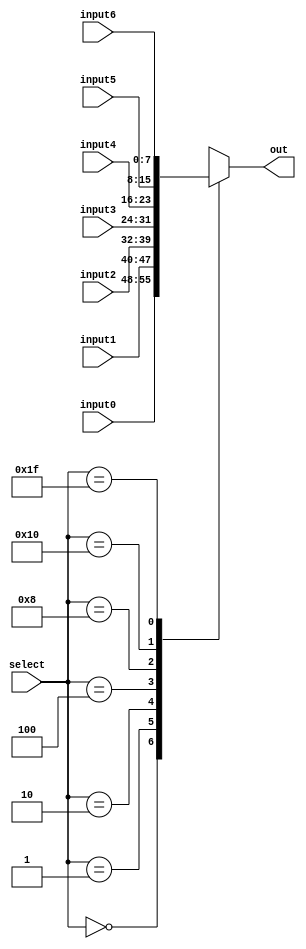
module mux(out, select, input0, input1, input2, input3, input4, input5, input6);
  input[7:0] input0, input1, input2, input3, input4, input5, input6;
  input [4:0] select;
  output [7:0] out;

  reg [7:0] out;

  always @ (input0 or input1 or input2 or input3 or input4 or input5 or input6 or select) 

  begin
    case(select)
      5'b00000 : out = input0; 

      5'b00001 : out = input1; 

      5'b00010 : out = input2; 

      5'b00100 : out = input3; 

      5'b01000 : out = input4; 

      5'b10000 : out = input5; 

      5'b11111 : out = input6; //this is error mode

      default : out = 8'bx;

    endcase
  end
endmodule



module dec_4x16 (d_out, d_in);

   output [15:0] d_out;
   input [3:0]   d_in;
   parameter tmp = 16'b0000_0000_0000_0001;

assign d_out = (d_in == 4'b0000) ? tmp   :
               (d_in == 4'b0001) ? tmp<<1:
               (d_in == 4'b0010) ? tmp<<2:
               (d_in == 4'b0011) ? tmp<<3:
               (d_in == 4'b0100) ? tmp<<4:
               (d_in == 4'b0101) ? tmp<<5:
               (d_in == 4'b0110) ? tmp<<6:
               (d_in == 4'b0111) ? tmp<<7:
               (d_in == 4'b1000) ? tmp<<8:
               (d_in == 4'b1001) ? tmp<<9:
               (d_in == 4'b1010) ? tmp<<10:
               (d_in == 4'b1011) ? tmp<<11:
               (d_in == 4'b1100) ? tmp<<12:
               (d_in == 4'b1101) ? tmp<<13:
               (d_in == 4'b1110) ? tmp<<14:
               (d_in == 4'b1111) ? tmp<<15: 
               16'bxxxx_xxxx_xxxx_xxxx;

endmodule


module test_bench;

    // Decoder 4x16 variables and test function-------------------
    wire [15:0] d_out;
    reg [3:0] d_in;
    reg [4:0] mux_input_0;
    reg [4:0] mux_input_1;
    reg [4:0] mux_input_2;
    reg [4:0] mux_input_3;
    reg [4:0] mux_input_4;
    reg [4:0] mux_input_5;

   dec_4x16 test1 (.d_out(d_out), .d_in(d_in)); 


   // Mux variables and test function
     reg [4:0] select;

  reg [7:0] input0;

  reg [7:0] input1;

  reg [7:0] input2;

  reg [7:0] input3;

  reg [7:0] input4;

  reg [7:0] input5;

  reg [7:0] input6;

  wire[7:0] out;

   mux test2(
  .out(out), 
  .select(select), 
  .input0(input0), 
  .input1(input1), 
  .input2(input2), 
  .input3(input3), 
  .input4(input4), 
  .input5(input5), 
  .input6(input6));




    initial begin


      // 4x16 Decoder TEST
    d_in = 4'b1111;#50;
      mux_input_0 = d_out;
      $display("mux_input_0: %4b", mux_input_0);


    d_in = 4'b0000; #50;
      mux_input_1 = d_out;
      $display("mux_input_1: %4b", mux_input_1);

    d_in = 4'b0001; #50;
        mux_input_2 = d_out;
      $display("mux_input_2: %4b", mux_input_2);

    d_in = 4'b0010; #50;
        mux_input_3 = d_out;
      $display("mux_input_3: %4b", mux_input_3);

    d_in = 4'b0011; #50;
        mux_input_4 = d_out;
      $display("mux_input_4: %4b", mux_input_4);

    d_in = 4'b0100; #50;
        mux_input_5 = d_out;
      $display("mux_input_5: %4b", mux_input_5);

    $display("=====================================");


   #100
    input0 = 8'b00000001;
    input1 = 8'b00000010;
    input2 = 8'b00000100;
    input3 = 8'b00001000;
    input4 = 8'b00010000;
    input5 = 8'b00100000;
    input6 = 8'b01000000;

    $display("=====================================");
    select = mux_input_0; 
    #50;
    $display("test with mux_input_0: %8b",out);   
    select = mux_input_1; 
    #50;
    $display("test with mux_input_1: %8b",out);
    select = mux_input_2; 
    #50;
    $display("test with mux_input_2: %8b",out);
    select = mux_input_3; 
    #50;
    $display("test with mux_input_3: %8b",out);
    select = mux_input_4; 
    #50;
    $display("test with mux_input_4: %8b",out);
    select = mux_input_5; 
    #50;
    $display("test with mux_input_5: %8b",out);




    end
    
endmodule